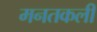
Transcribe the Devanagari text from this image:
मनतकली